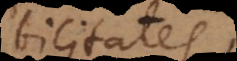
bilitates,